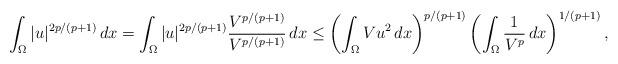
LaTeX: \begin{align*}\int_\Omega|u|^{2p/(p+1)}\,dx&=\int_\Omega|u|^{2p/(p+1)}\frac{V^{p/(p+1)}}{V^{p/(p+1)}}\,dx\le\left(\int_\Omega Vu^2\,dx\right)^{p/(p+1)}\left(\int_\Omega\frac{1}{V^p}\,dx\right)^{1/(p+1)},\end{align*}